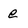
Character: e